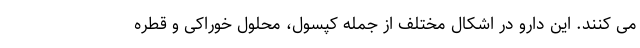
می کنند. این دارو در اشکال مختلف از جمله کپسول، محلول خوراکی و قطره